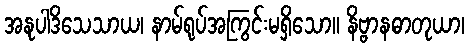
အနုပါဒိသေသာယ၊ နာမ်ရုပ်အကြွင်းမရှိသော။ နိဗ္ဗာနဓာတုယာ၊